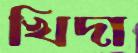
খিদা